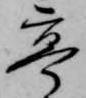
亭